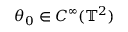
\theta _ { 0 } \in C ^ { \infty } ( \ensuremath { \mathbb { T } } ^ { 2 } )